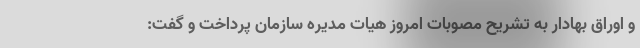
و اوراق بهادار به تشریح مصوبات امروز هیات مدیره سازمان پرداخت و گفت: